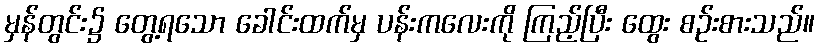
မှန်တွင်း၌ တွေ့ရသော ခေါင်းထက်မှ ပန်းကလေးကို ကြည့်ပြီး ထွေး စဉ်းစားသည်။